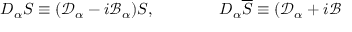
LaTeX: D _ { \alpha } S \equiv ( \mathcal { D } _ { \alpha } - i \mathcal { B } _ { \alpha } ) S , \qquad \qquad D _ { \alpha } \overline { { { S } } } \equiv ( \mathcal { D } _ { \alpha } + i \mathcal { B }